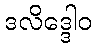
ဒလိဒ္ဒေါဝ